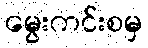
မွေးကင်းစမှ